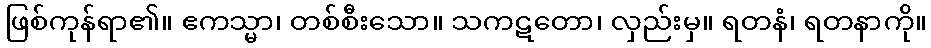
ဖြစ်ကုန်ရာ၏။ ဧကသ္မာ၊ တစ်စီးသော။ သကဋတော၊ လှည်းမှ။ ရတနံ၊ ရတနာကို။